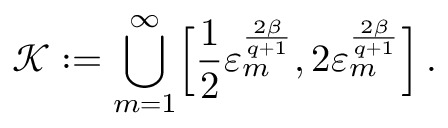
\mathcal { K } : = \bigcup _ { m = 1 } ^ { \infty } \Bigl [ \frac 1 2 \varepsilon _ { m } ^ { \frac { 2 \beta } { q + 1 } } , 2 \varepsilon _ { m } ^ { \frac { 2 \beta } { q + 1 } } \Bigr ] \, .